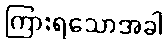
ကြားရသောအခါ